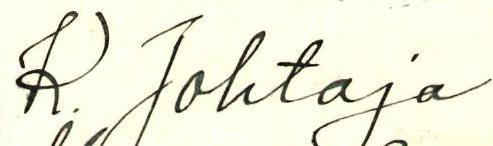
R. Johtaja